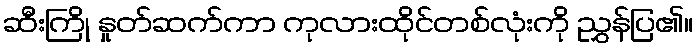
ဆီးကြို နှုတ်ဆက်ကာ ကုလားထိုင်တစ်လုံးကို ညွှန်ပြ၏။